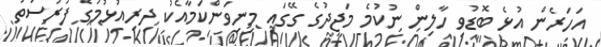
އަހަރެން އުޅެ ބޮޑުވި ހާލިން ނުކުމެ މަޖީދުގެ ގޭގައި މިނިވަންކަމާއެކު ދިރިއުޅުމުގެ ފުރުސަތު